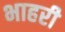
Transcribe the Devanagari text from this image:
भाहरी